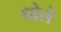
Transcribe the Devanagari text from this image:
धोले